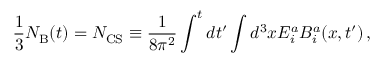
\frac { 1 } { 3 } N _ { \mathrm { B } } ( t ) = N _ { \mathrm { C S } } \equiv \frac { 1 } { 8 \pi ^ { 2 } } \int ^ { t } d t ^ { \prime } \int d ^ { 3 } x E _ { i } ^ { a } B _ { i } ^ { a } ( x , t ^ { \prime } ) \, ,